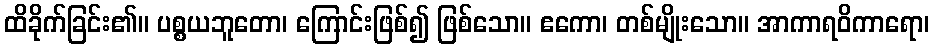
ထိခိုက်ခြင်း၏။ ပစ္စယဘူတော၊ ကြောင်းဖြစ်၍ ဖြစ်သော။ ဧကော၊ တစ်မျိုးသော။ အာကာရဝိကာရော၊